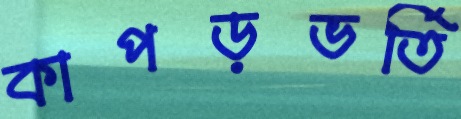
কাপড়ভর্তি